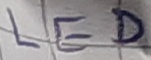
Text: LED